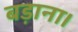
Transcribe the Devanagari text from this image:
बड़ाना।